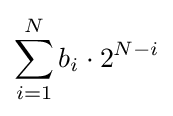
\sum _{i=1}^{N}b_{i}\cdot 2^{N-i}